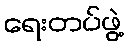
ရေးတပ်ဖွဲ့